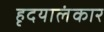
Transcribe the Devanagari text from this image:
हृदयालंकार